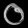
Digit: ၀